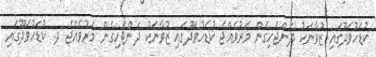
ކުޑަހުވަދޫގައި ޒުވާނަކު ދަންޖެހިގެން މަރުވެއްޖެ ކުޑަހުވަދޫގައި ޒުވާނަކު ދަންޖެހިގެން މަރުވެއްޖެ ދ. ކުޑަހުވަދޫގައި